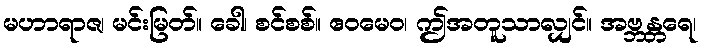
မဟာရာဇ၊ မင်းမြတ်။ ခေါ၊ စင်စစ်။ ဧဝမေဝ၊ ဤအတူသာလျှင်။ အဗ္ဘန္တရေ၊